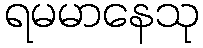
ရမမာနေသု